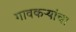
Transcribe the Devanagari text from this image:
गावकऱ्यांचा